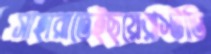
সাহারাতেইছয়েরস্টিভি